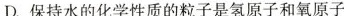
6.下列说法不正确的是 ( )